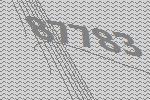
87783